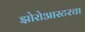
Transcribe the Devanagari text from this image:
झोरोआस्टरचा